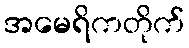
အမေရိကတိုက်